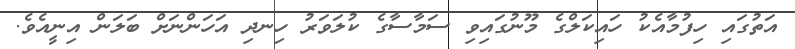
އަތުގައި ހިފުމާއެކު ހައިކަލްގެ މޫނުގައިވި ސަމާސާގެ ކުލަވަރު ހިނދި އަހަންނަށް ބަލަން އިނީއެވެ.